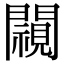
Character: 𨶳